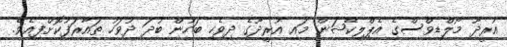
އުރީދޫ މޯލްޑިވްސްގެ އެޕްލިކޭޝަން މައި އުރީދޫގެ ދިވެހި ބަހުން ބުދަ ދުވަހު ތައާރަފުކޮށްފިއެވެ.